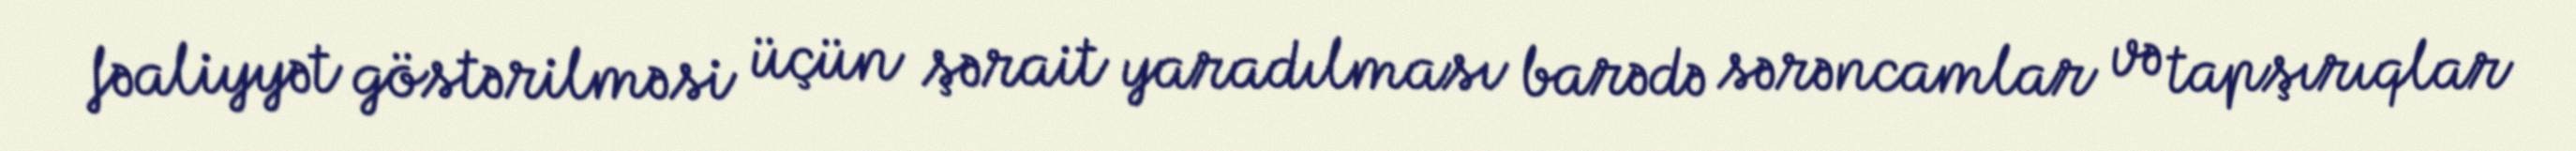
fəaliyyət göstərilməsi üçün şərait yaradılması barədə sərəncamlar və tapşırıqlar